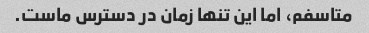
متاسفم، اما این تنها زمان در دسترس ماست.